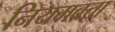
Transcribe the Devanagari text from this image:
नियमवत्ता